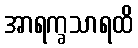
အာရက္ခသာရထိ